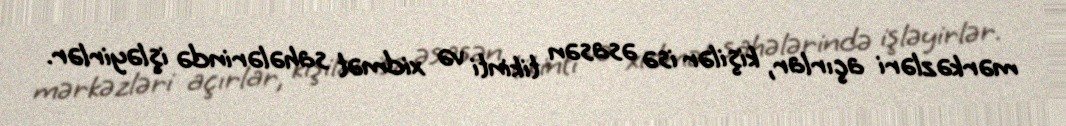
mərkəzləri açırlar, kişilər isə əsasən tikinti və xidmət sahələrində işləyirlər.